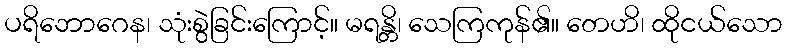
ပရိဘောဂေန၊ သုံးစွဲခြင်းကြောင့်။ မရန္တိ၊ သေကြကုန်၏။ တေဟိ၊ ထိုငယ်သော